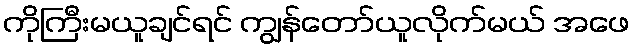
ကိုကြီးမယူချင်ရင် ကျွန်တော်ယူလိုက်မယ် အဖေ